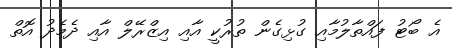
އެ ބޯޓު ފައްތާލުމާއި ގުޅިގެން ތުރުކީ އާއި އިޒްރޭލް އާއި ދެމެދު އޮތް